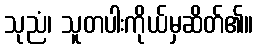
သုညံ၊ သူတပါးကိုယ်မှဆိတ်၏။